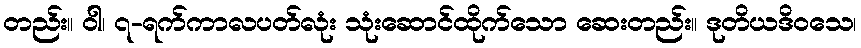
တည်း။ ဝါ၊ ၇-ရက်ကာလပတ်လုံး သုံးဆောင်ထိုက်သော ဆေးတည်း။ ဒုတိယဒိဝသေ၊